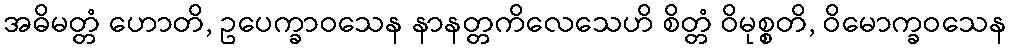
အဓိမတ္တံ ဟောတိ, ဥပေက္ခာဝသေန နာနတ္တကိလေသေဟိ စိတ္တံ ဝိမုစ္စတိ, ဝိမောက္ခဝသေန